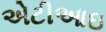
એટીઆઇ